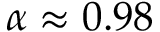
\alpha \approx 0 . 9 8